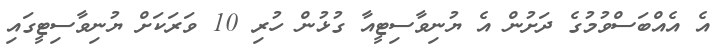
އެ އެއްބަސްވުމުގެ ދަށުން އެ ޔުނިވާސިޓީއާ ގުޅުން ހުރި 10 ވަރަކަށް ޔުނިވާސިޓީގައި